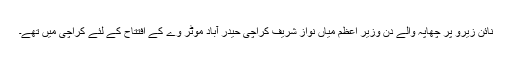
نائن زیرو پر چھاپہ والے دن وزیر اعظم میاں نواز شریف کراچی حیدر آباد موٹر وے کے افتتاح کے لئے کراچی میں تھے۔